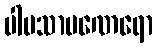
ပါပသာမဏေရော